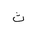
Letter: _tha